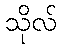
သိုလ်